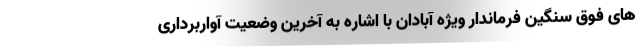
های فوق سنگین فرماندار ویژه آبادان با اشاره به آخرین وضعیت آواربرداری